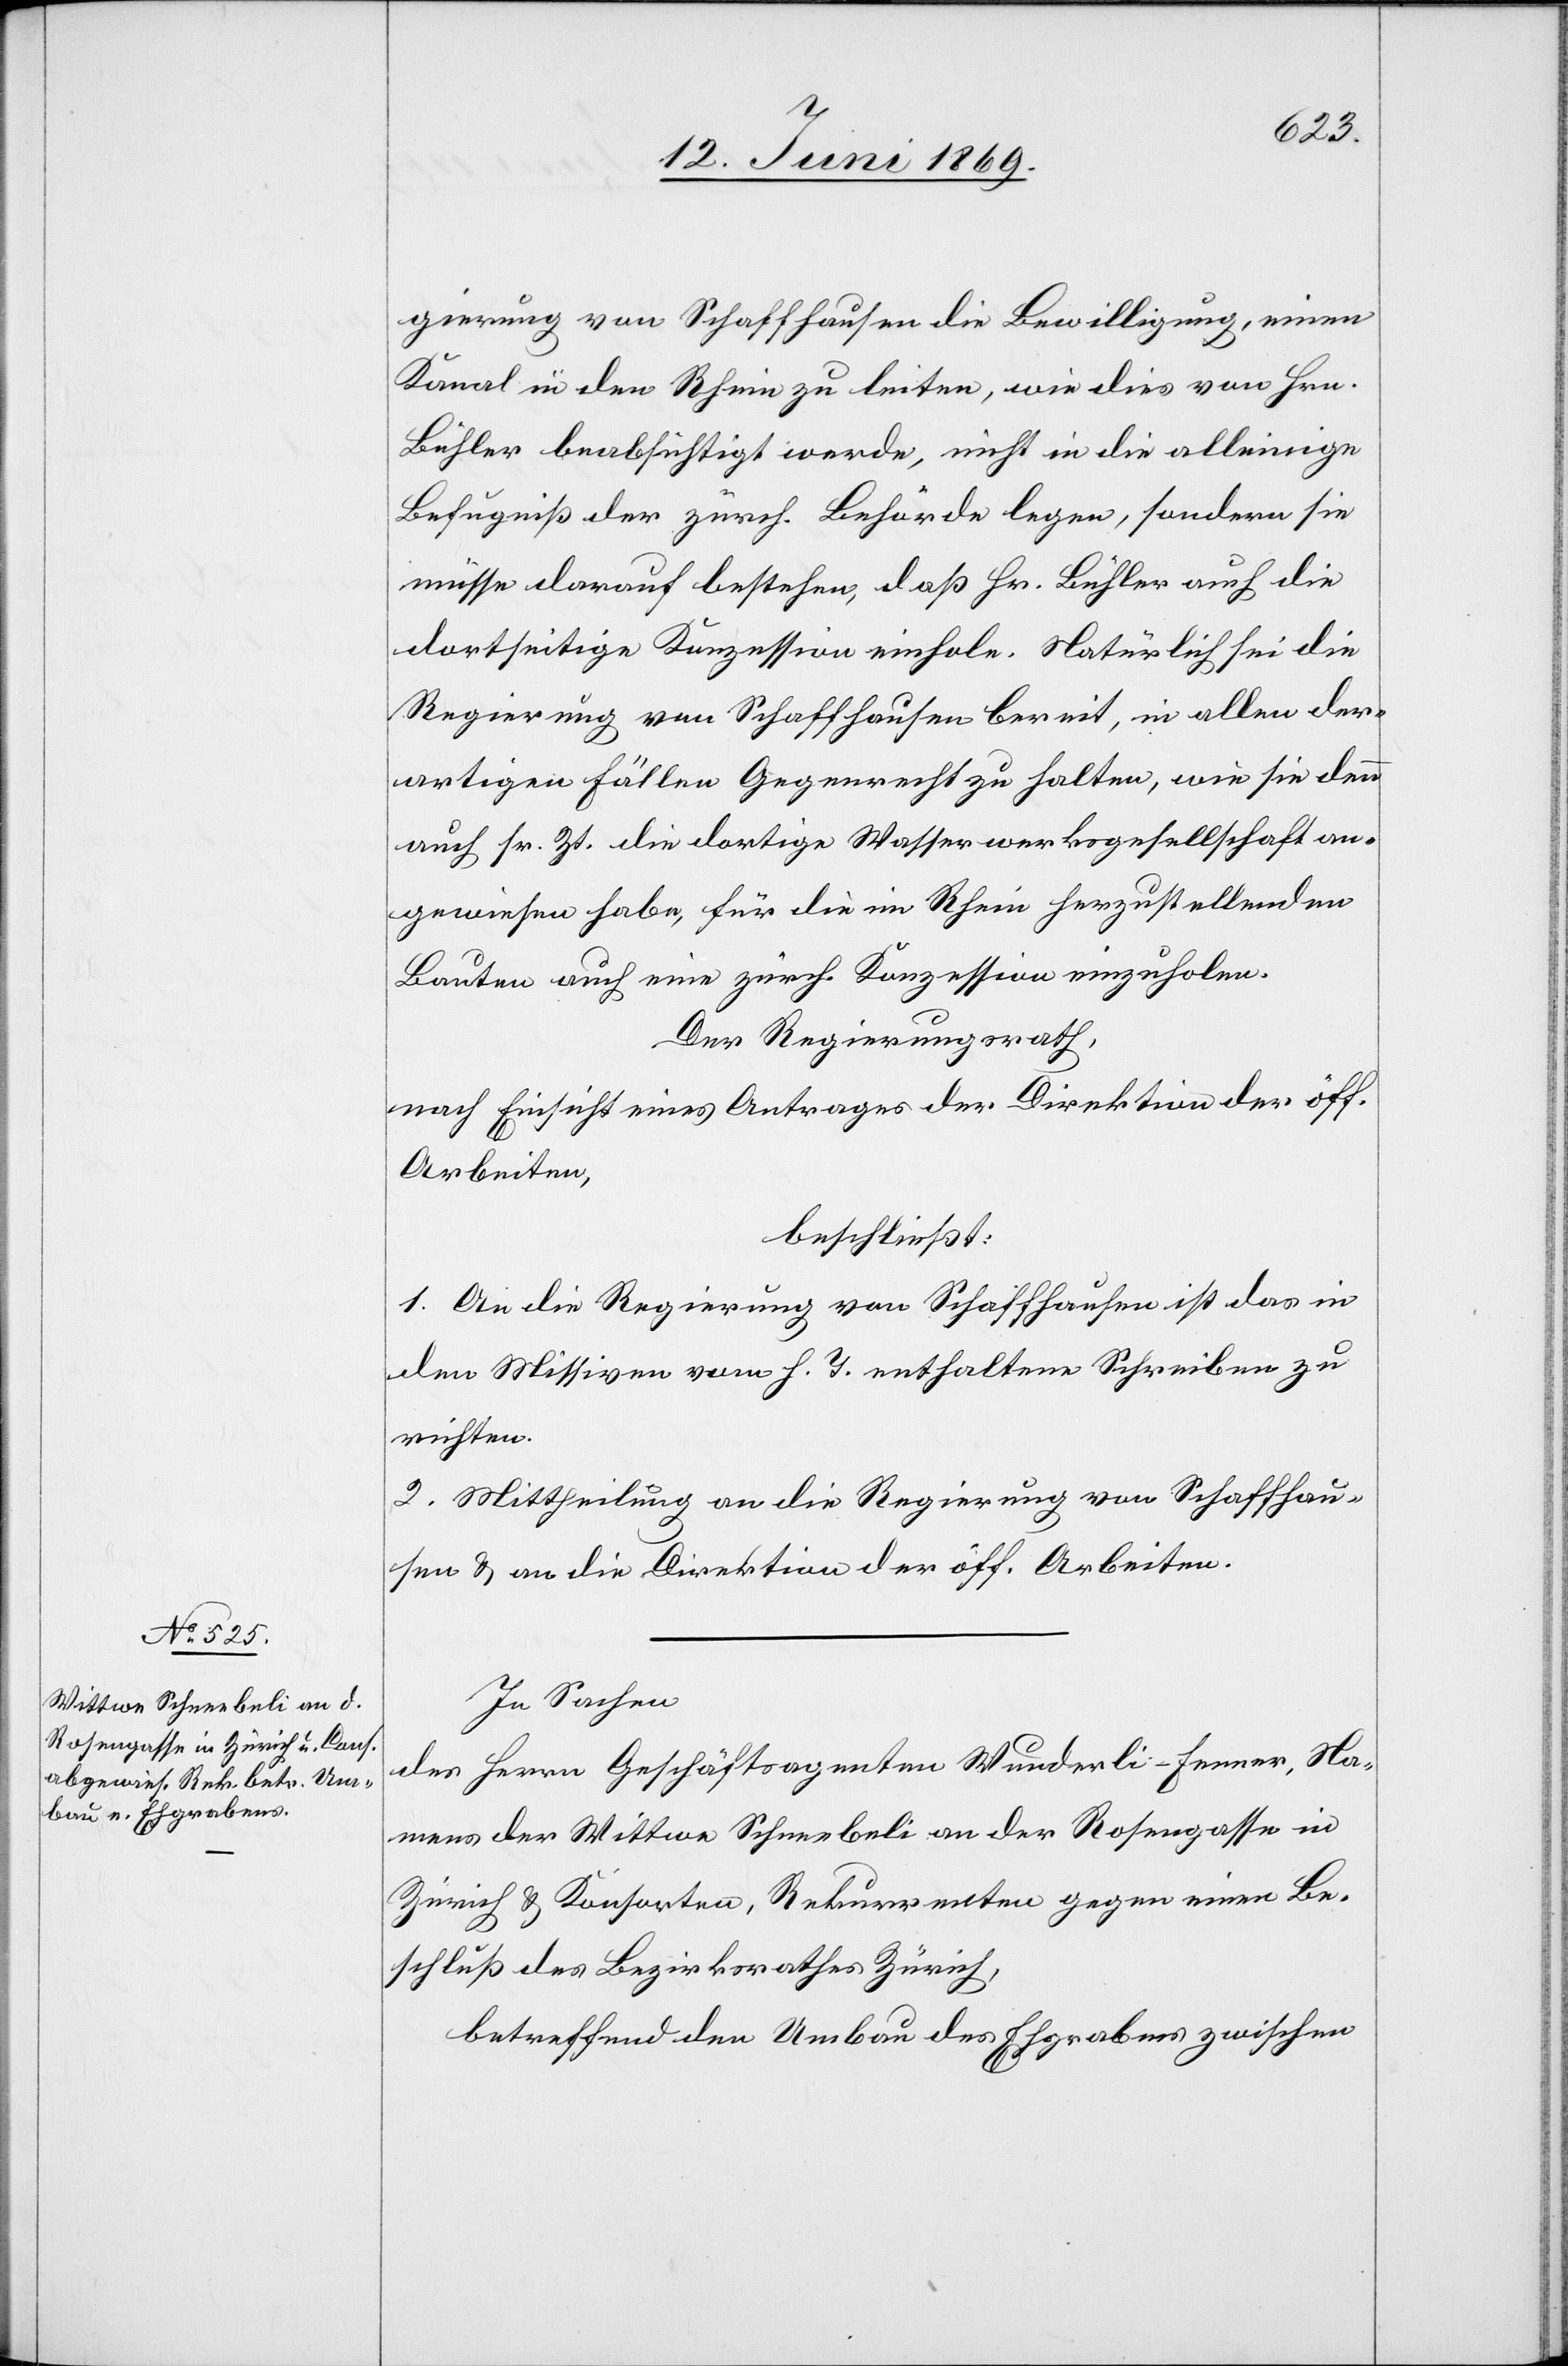
gierung von Schaffhausen die Bewilligung, einen
Kanal in den Rhein zu leiten, wie dies von Hrn.
Bühler beabsichtigt werde, nicht in die alleinige
Befugniß der zürch. Behörde legen, sondern sie
müsse darauf bestehen, daß Hr. Bühler auch die
dortseitige Konzession einhole. Natürlich sei die
Regierung von Schaffhausen bereit, in allen der¬
artigen Fällen Gegenrecht zu halten, wie sie denn
auch sr. Zt. die dortige Wasserwerksgesellschaft an¬
gewiesen habe, für die im Rhein herzustellenden
Bauten auch eine zürch. Konzession einzuholen.
Der Regierungsrath,
nach Einsicht eines Antrages der Direktion der öff.
Arbeiten,
beschließt:
1. An die Regierung von Schaffhausen ist das in
den Missiven vom h. T. enthaltene Schreiben zu
richten.
2. Mittheilung an die Regierung von Schaffhau¬
sen u. an die Direktion der öff. Arbeiten.
In Sachen
des Herrn Geschäftsagenten Wunderli-Fenner, Na¬
mens der Wittwe Schneebeli an der Rosengasse in
Zürich u. Konsorten, Rekurrenten gegen einen Be¬
schluß des Bezirksrathes Zürich,
betreffend den Umbau des Ehrgrabens zwischen